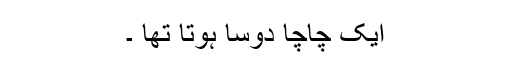
ایک چاچا دوسا ہوتا تھا ۔